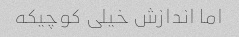
اما اندازش خیلی کوچیکه